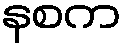
နစက